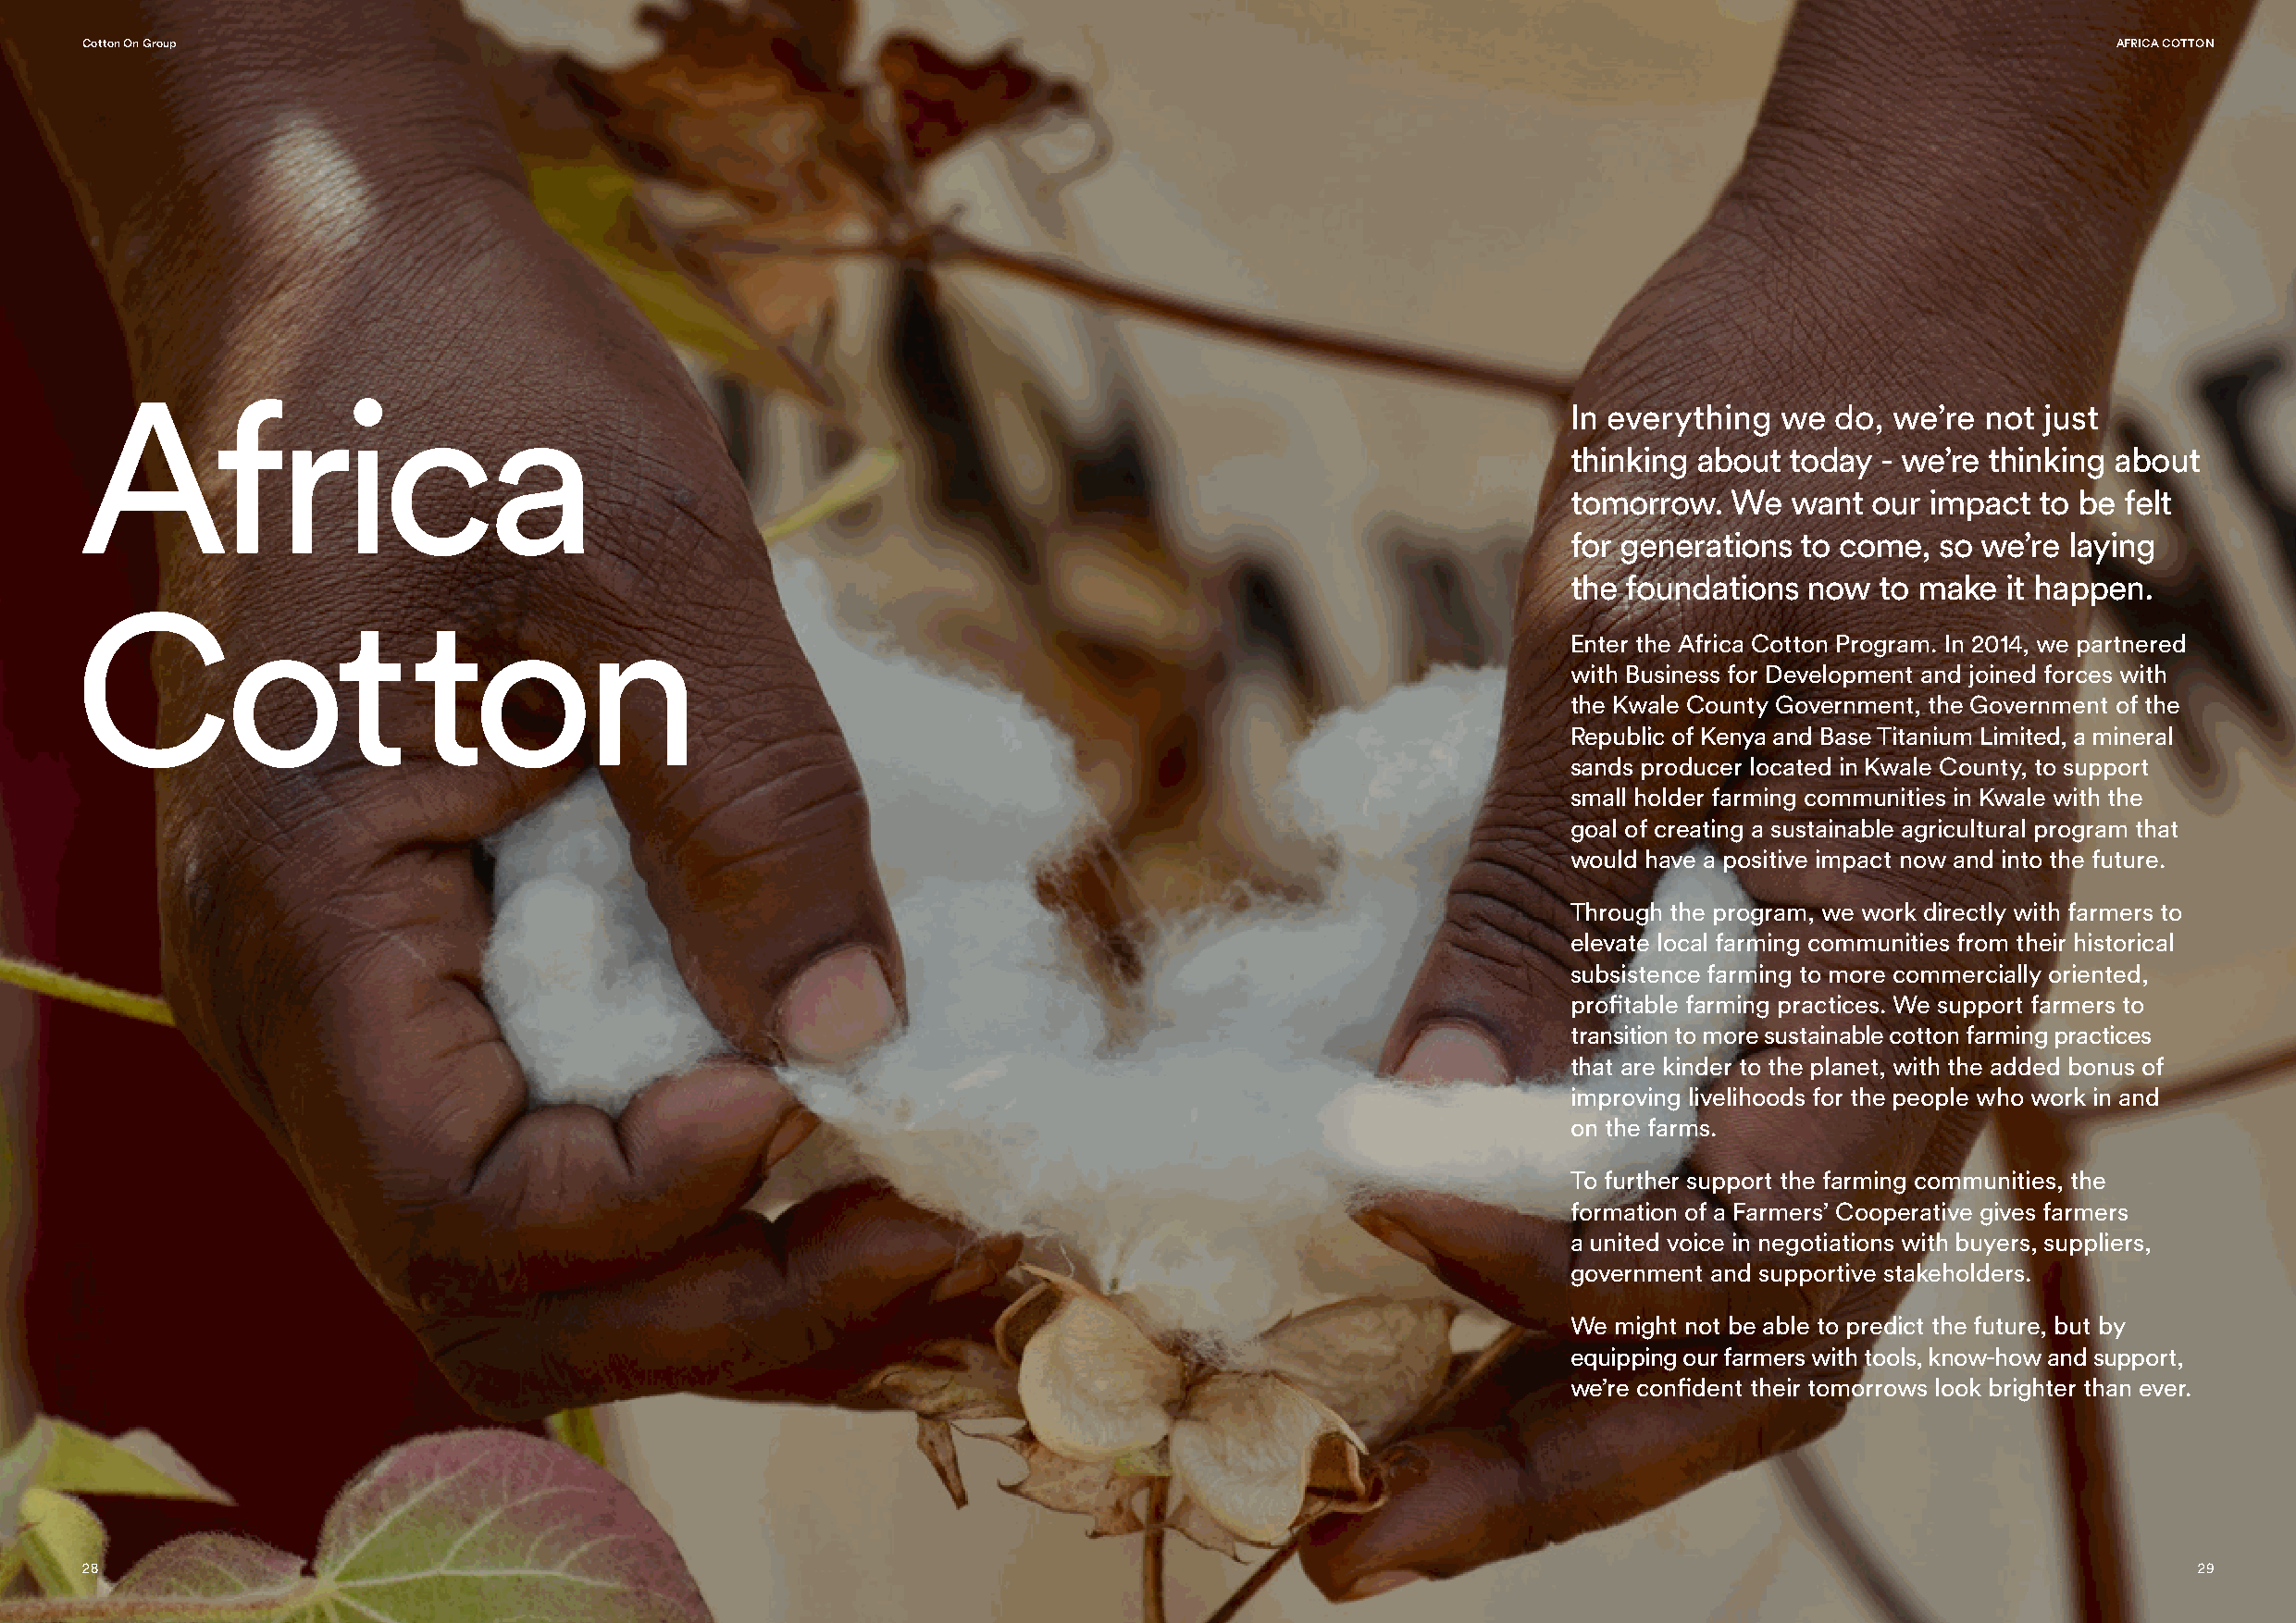
Cotton On Group                                                                                                                                  AFRICA COTTON
 Africa
 In everything  we  do, we’re  not just
 thinking about  today  - we’re thinking about
 tomorrow.   We  want  our impact  to be felt
 for generations  to come,  so we’re laying
 the foundations  now  to make  it happen.
 Cotton
 Enter the Africa Cotton Program. In 2014, we partnered
 with Business for Development and joined forces with
 the Kwale County Government, the Government of the
 Republic of Kenya and Base Titanium Limited, a mineral
 sands producer located in Kwale County, to support
 small holder farming communities in Kwale with the
 goal of creating a sustainable agricultural program that
 would have a positive impact now and into the future.
 Through the program, we work directly with farmers to
 elevate local farming communities from their historical
 subsistence farming to more commercially oriented,
 profitable farming practices. We support farmers to
 transition to more sustainable cotton farming practices
 that are kinder to the planet, with the added bonus of
 improving livelihoods for the people who work in and
 on the farms.
 To further support the farming communities, the
 formation of a Farmers’ Cooperative gives farmers
 a united voice in negotiations with buyers, suppliers,
 government and supportive stakeholders.
 We might not be able to predict the future, but by
 equipping our farmers with tools, know-how and support,
 we’re confident their tomorrows look brighter than ever.
 28                                                                                                                                                     29